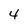
Character: 4